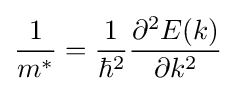
{\frac {1}{m^{*}}}={\frac {1}{\hbar ^{2}}}{\frac {\partial ^{2}E(k)}{\partial k^{2}}}